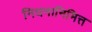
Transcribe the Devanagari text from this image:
निधनानिमित्त